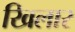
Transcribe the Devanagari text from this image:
खिलार